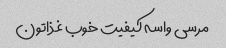
مرسی واسه کیفیت خوب غذاتون